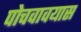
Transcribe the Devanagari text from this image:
पोचवावयास